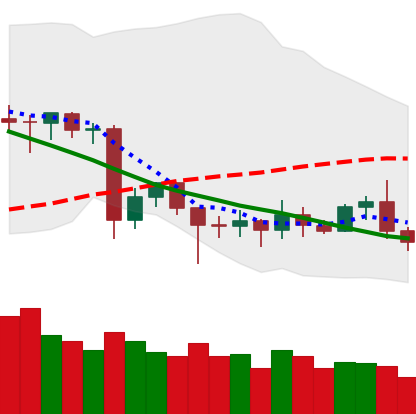
Ticker: ETC-USD
Chart end date: 2020-06-25
Forward return: -6.867%
Label: down_5_7